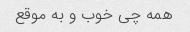
همه چی خوب و به موقع